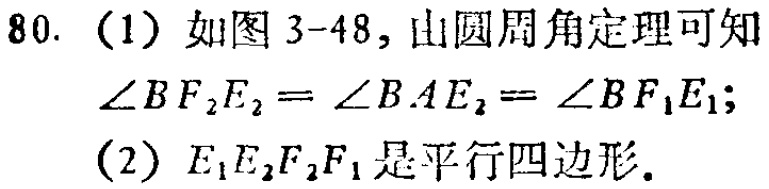
80. (1) 如图 3-48, 由圆周角定理可知
\(\angle BF_{2}E_{2}=\angle BAE_{2}=\angle BF_{1}E_{1}\);
(2) \(E_{1}E_{2}F_{2}F_{1}\) 是平行四边形.